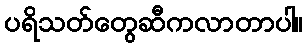
ပရိသတ်တွေဆီကလာတာပါ။